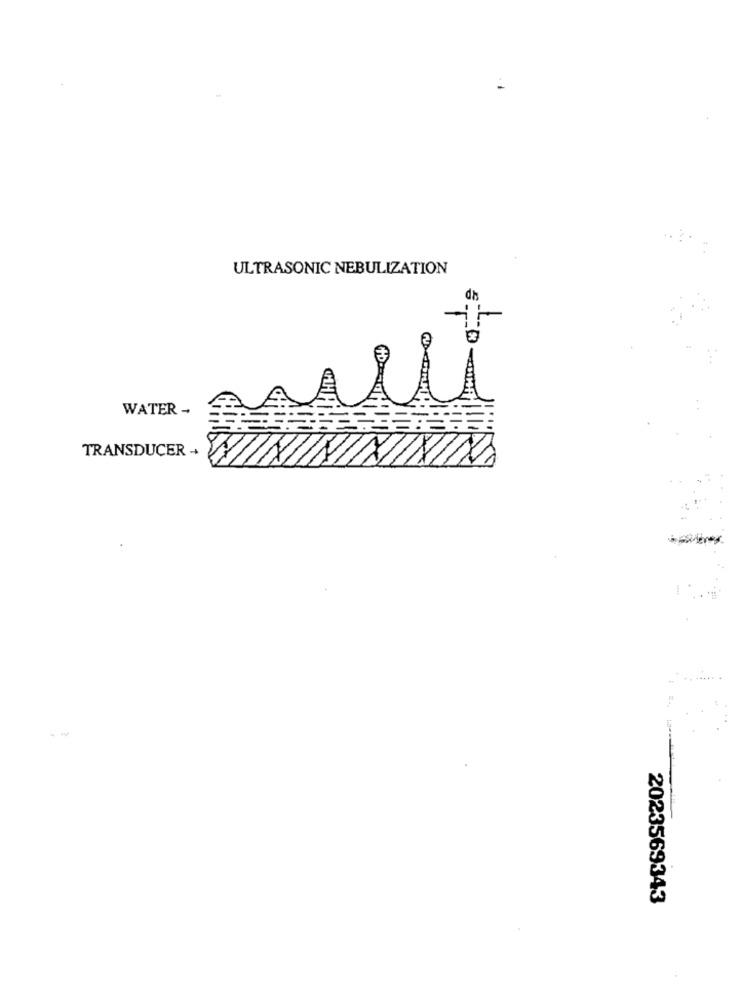
ULTRASONIC NEBULIZATION
wi
WATER -
TRANSDUCER +
2023569343